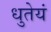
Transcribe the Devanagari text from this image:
धुतेयं